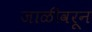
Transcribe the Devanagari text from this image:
जाळीवरून